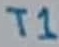
Text: T1